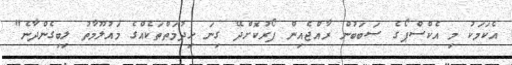
އެކަމަކު މި އެކްސްޕޯގެ ސަބަބުން ރާއްޖެއިން ފޯރުކޮށްދޭ ގިނަ ހިދުމަތްތަކެއްގެ މައުލޫމާތު ލިބިގެންދާނެ"